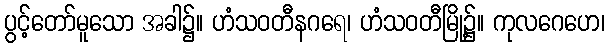
ပွင့်တော်မူသော အခါ၌။ ဟံသဝတီနဂရေ၊ ဟံသဝတီမြို့၌။ ကုလဂေဟေ၊